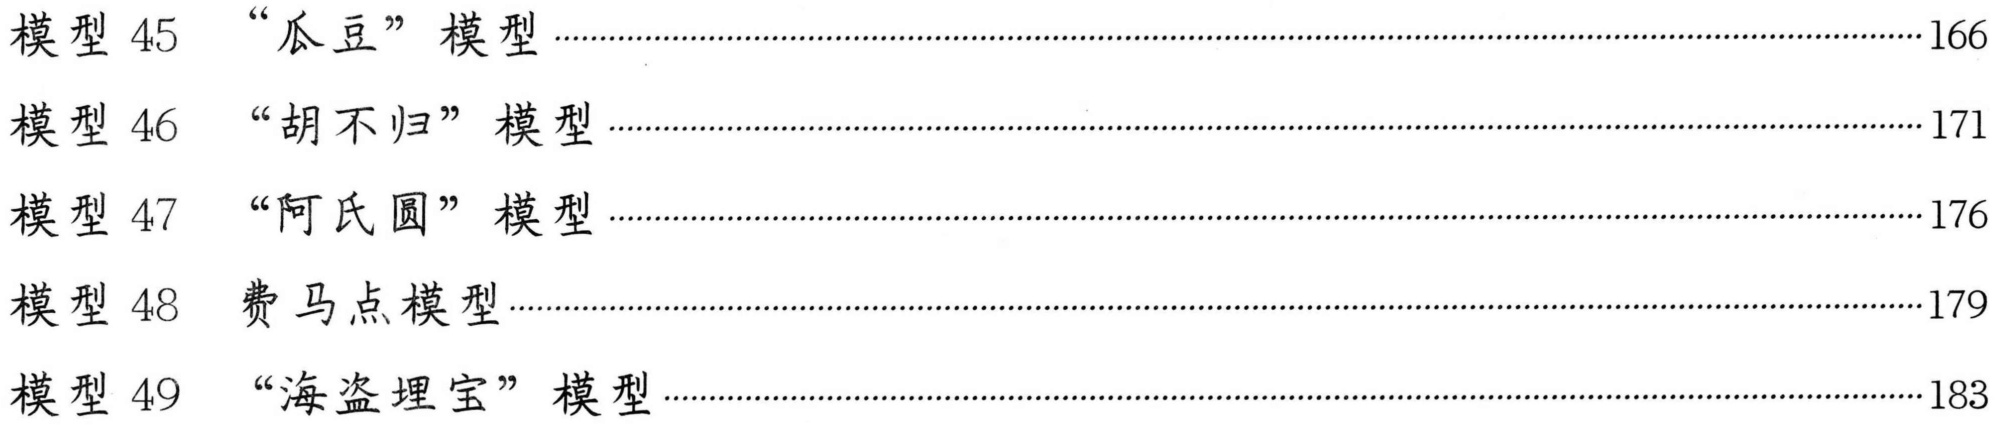
模型 45 “瓜豆” 模型...............................................................................................166
模型 46 “胡不归” 模型.............................................................................................171
模型 47 “阿氏圆” 模型.............................................................................................176
模型 48 费马点模型.................................................................................................179
模型 49 “海盗埋宝” 模型.........................................................................................183